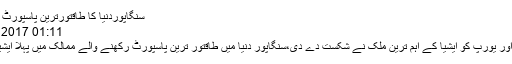
سنگاپوردنیا کا طاقتورترین پاسپورٹ رکھنے والا پہلا
01:11 PM, 26 Oct, 2017
سنگاپور:امریکا اور یورپ کو ایشیا کے اہم ترین ملک نے شکست دے دی،سنگاپور دنیا میں طاقتور ترین پاسپورٹ رکھنے والے ممالک میں پہلا ایشیائی ملک بن گیا۔